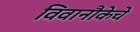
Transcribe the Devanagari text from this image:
विवानौकेचे